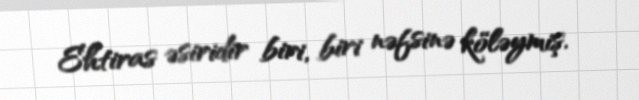
Ehtiras əsiridir biri, biri nəfsinə köləymiş.